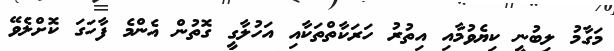
މަގާމު ލިބުނީ ކިޔެވުމާއި އިތުރު ހަރަކާތްތަކާއި އަހުލާގީ ގޮތުން އެންމެ ފާހަގަ ކޮށްލެވޭ